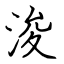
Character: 浚